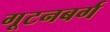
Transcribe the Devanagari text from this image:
गूटनबर्ग